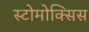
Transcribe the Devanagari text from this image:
स्टोमोक्सिस